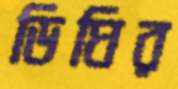
ডিঘির